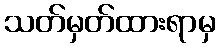
သတ်မှတ်ထားရာမှ